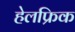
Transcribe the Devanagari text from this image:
हेलफ्रिक